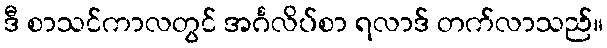
ဒီ စာသင်ကာလတွင် အင်္ဂလိပ်စာ ရလာဒ် တက်လာသည်။